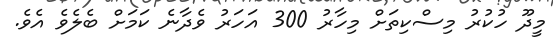
މީދޫ ހުކުރު މިސްކިތަށް މިހާރު 300 އަހަރު ވެދާނެ ކަމަށް ބެލެވެ އެވެ.